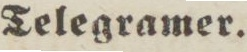
Telegramer.